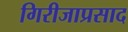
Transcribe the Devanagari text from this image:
गिरीजाप्रसाद